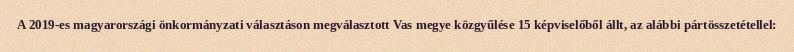
A 2019-es magyarországi önkormányzati választáson megválasztott Vas megye közgyűlése 15 képviselőből állt, az alábbi pártösszetétellel: